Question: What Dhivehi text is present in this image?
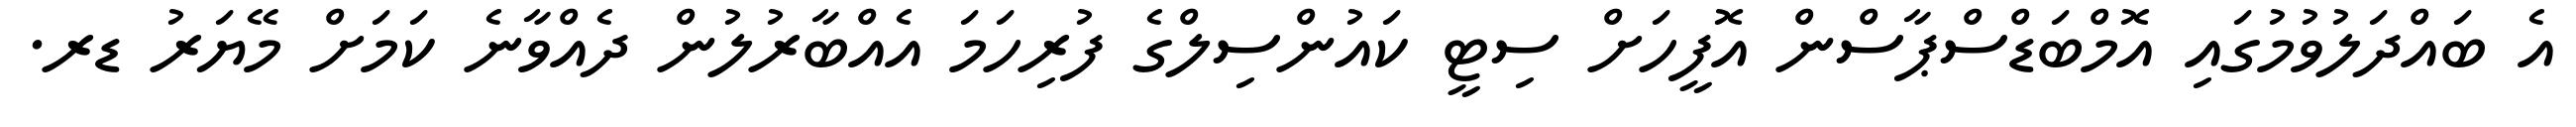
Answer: އެ ބައްދަލުވުމުގައި އޮމްބަޑްސްޕާސްން އޮފީހަށް ސިޓީ ކައުންސިލްގެ ފުރިހަމަ އެއްބާރުލުން ދެއްވާނެ ކަމަށް މޭޔަރު ޑރ.